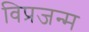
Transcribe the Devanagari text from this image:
विप्रजन्म